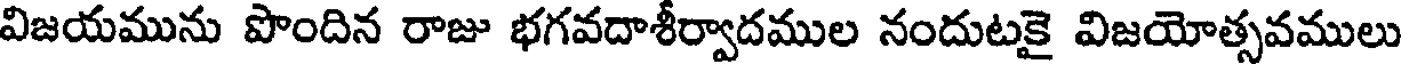
విజయమును పొందిన రాజు భగవదాశీర్వాదముల నందుటకై విజయోత్సవములు